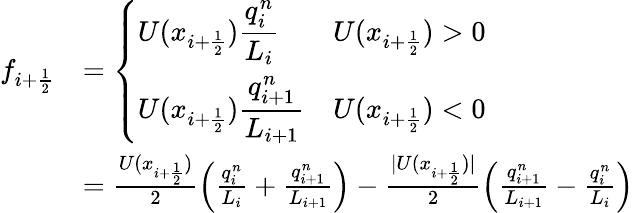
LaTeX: \begin{array}{rl}{f_{i+\frac 12}}&{=\left\{ \begin{array}{ll}{\displaystyle U(x_{i+\frac 12})\frac{q_{i}^{n}}{L_{i}}}&{U(x_{i+\frac 12})>0}\\ {\displaystyle U(x_{i+\frac 12})\frac{q_{i+1}^{n}}{L_{i+1}}}&{U(x_{i+\frac 12})<0}\end{array}\right.}\\ &{=\frac{U(x_{i+\frac 12})}{2}\left(\frac{q_{i}^{n}}{L_{i}}+\frac{q_{i+1}^{n}}{L_{i+1}}\right)-\frac{|U(x_{i+\frac 12})|}{2}\left(\frac{q_{i+1}^{n}}{L_{i+1}}-\frac{q_{i}^{n}}{L_{i}}\right)}\end{array}